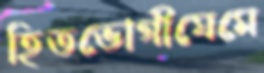
হিতভোগীঘেমে